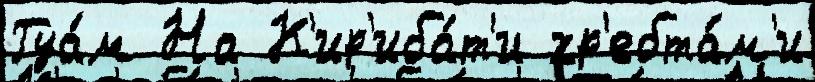
Гуа́м На К'ир'иба́т'и хр'ебта́м'и